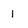
Character: 1